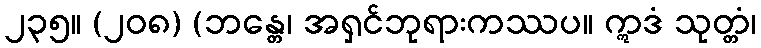
၂၃၅။ (၂၀၈) (ဘန္တေ၊ အရှင်ဘုရားကဿပ။ ဣဒံ သုတ္တံ၊